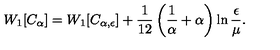
W _ { 1 } [ C _ { \alpha } ] = W _ { 1 } [ C _ { \alpha , \epsilon } ] + { \frac { 1 } { 1 2 } } \left( { \frac { 1 } { \alpha } } + \alpha \right) \ln { \frac { \epsilon } { \mu } } .